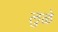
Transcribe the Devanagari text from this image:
लुळे